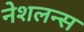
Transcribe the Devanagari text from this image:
नेशलन्स